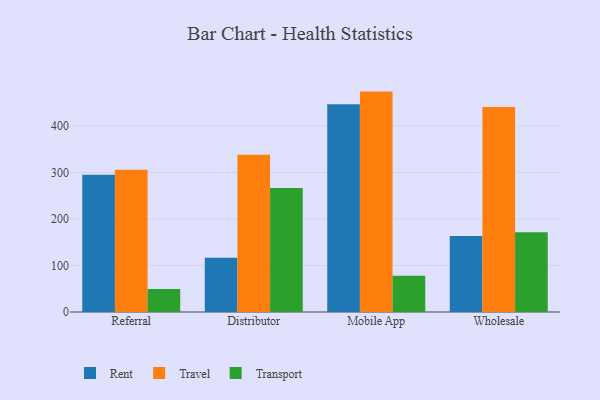
{"axis": {"x": "Channel", "y": "Operating Costs (USD K)"}, "legend": ["Rent", "Transport", "Travel"], "data": [{"x": "Referral", "y": 295.0, "type": "Rent"}, {"x": "Referral", "y": 306.1, "type": "Travel"}, {"x": "Referral", "y": 49.5, "type": "Transport"}, {"x": "Distributor", "y": 116.5, "type": "Rent"}, {"x": "Distributor", "y": 338.4, "type": "Travel"}, {"x": "Distributor", "y": 266.7, "type": "Transport"}, {"x": "Mobile App", "y": 446.8, "type": "Rent"}, {"x": "Mobile App", "y": 474.1, "type": "Travel"}, {"x": "Mobile App", "y": 78.2, "type": "Transport"}, {"x": "Wholesale", "y": 163.6, "type": "Rent"}, {"x": "Wholesale", "y": 441.2, "type": "Travel"}, {"x": "Wholesale", "y": 171.3, "type": "Transport"}]}